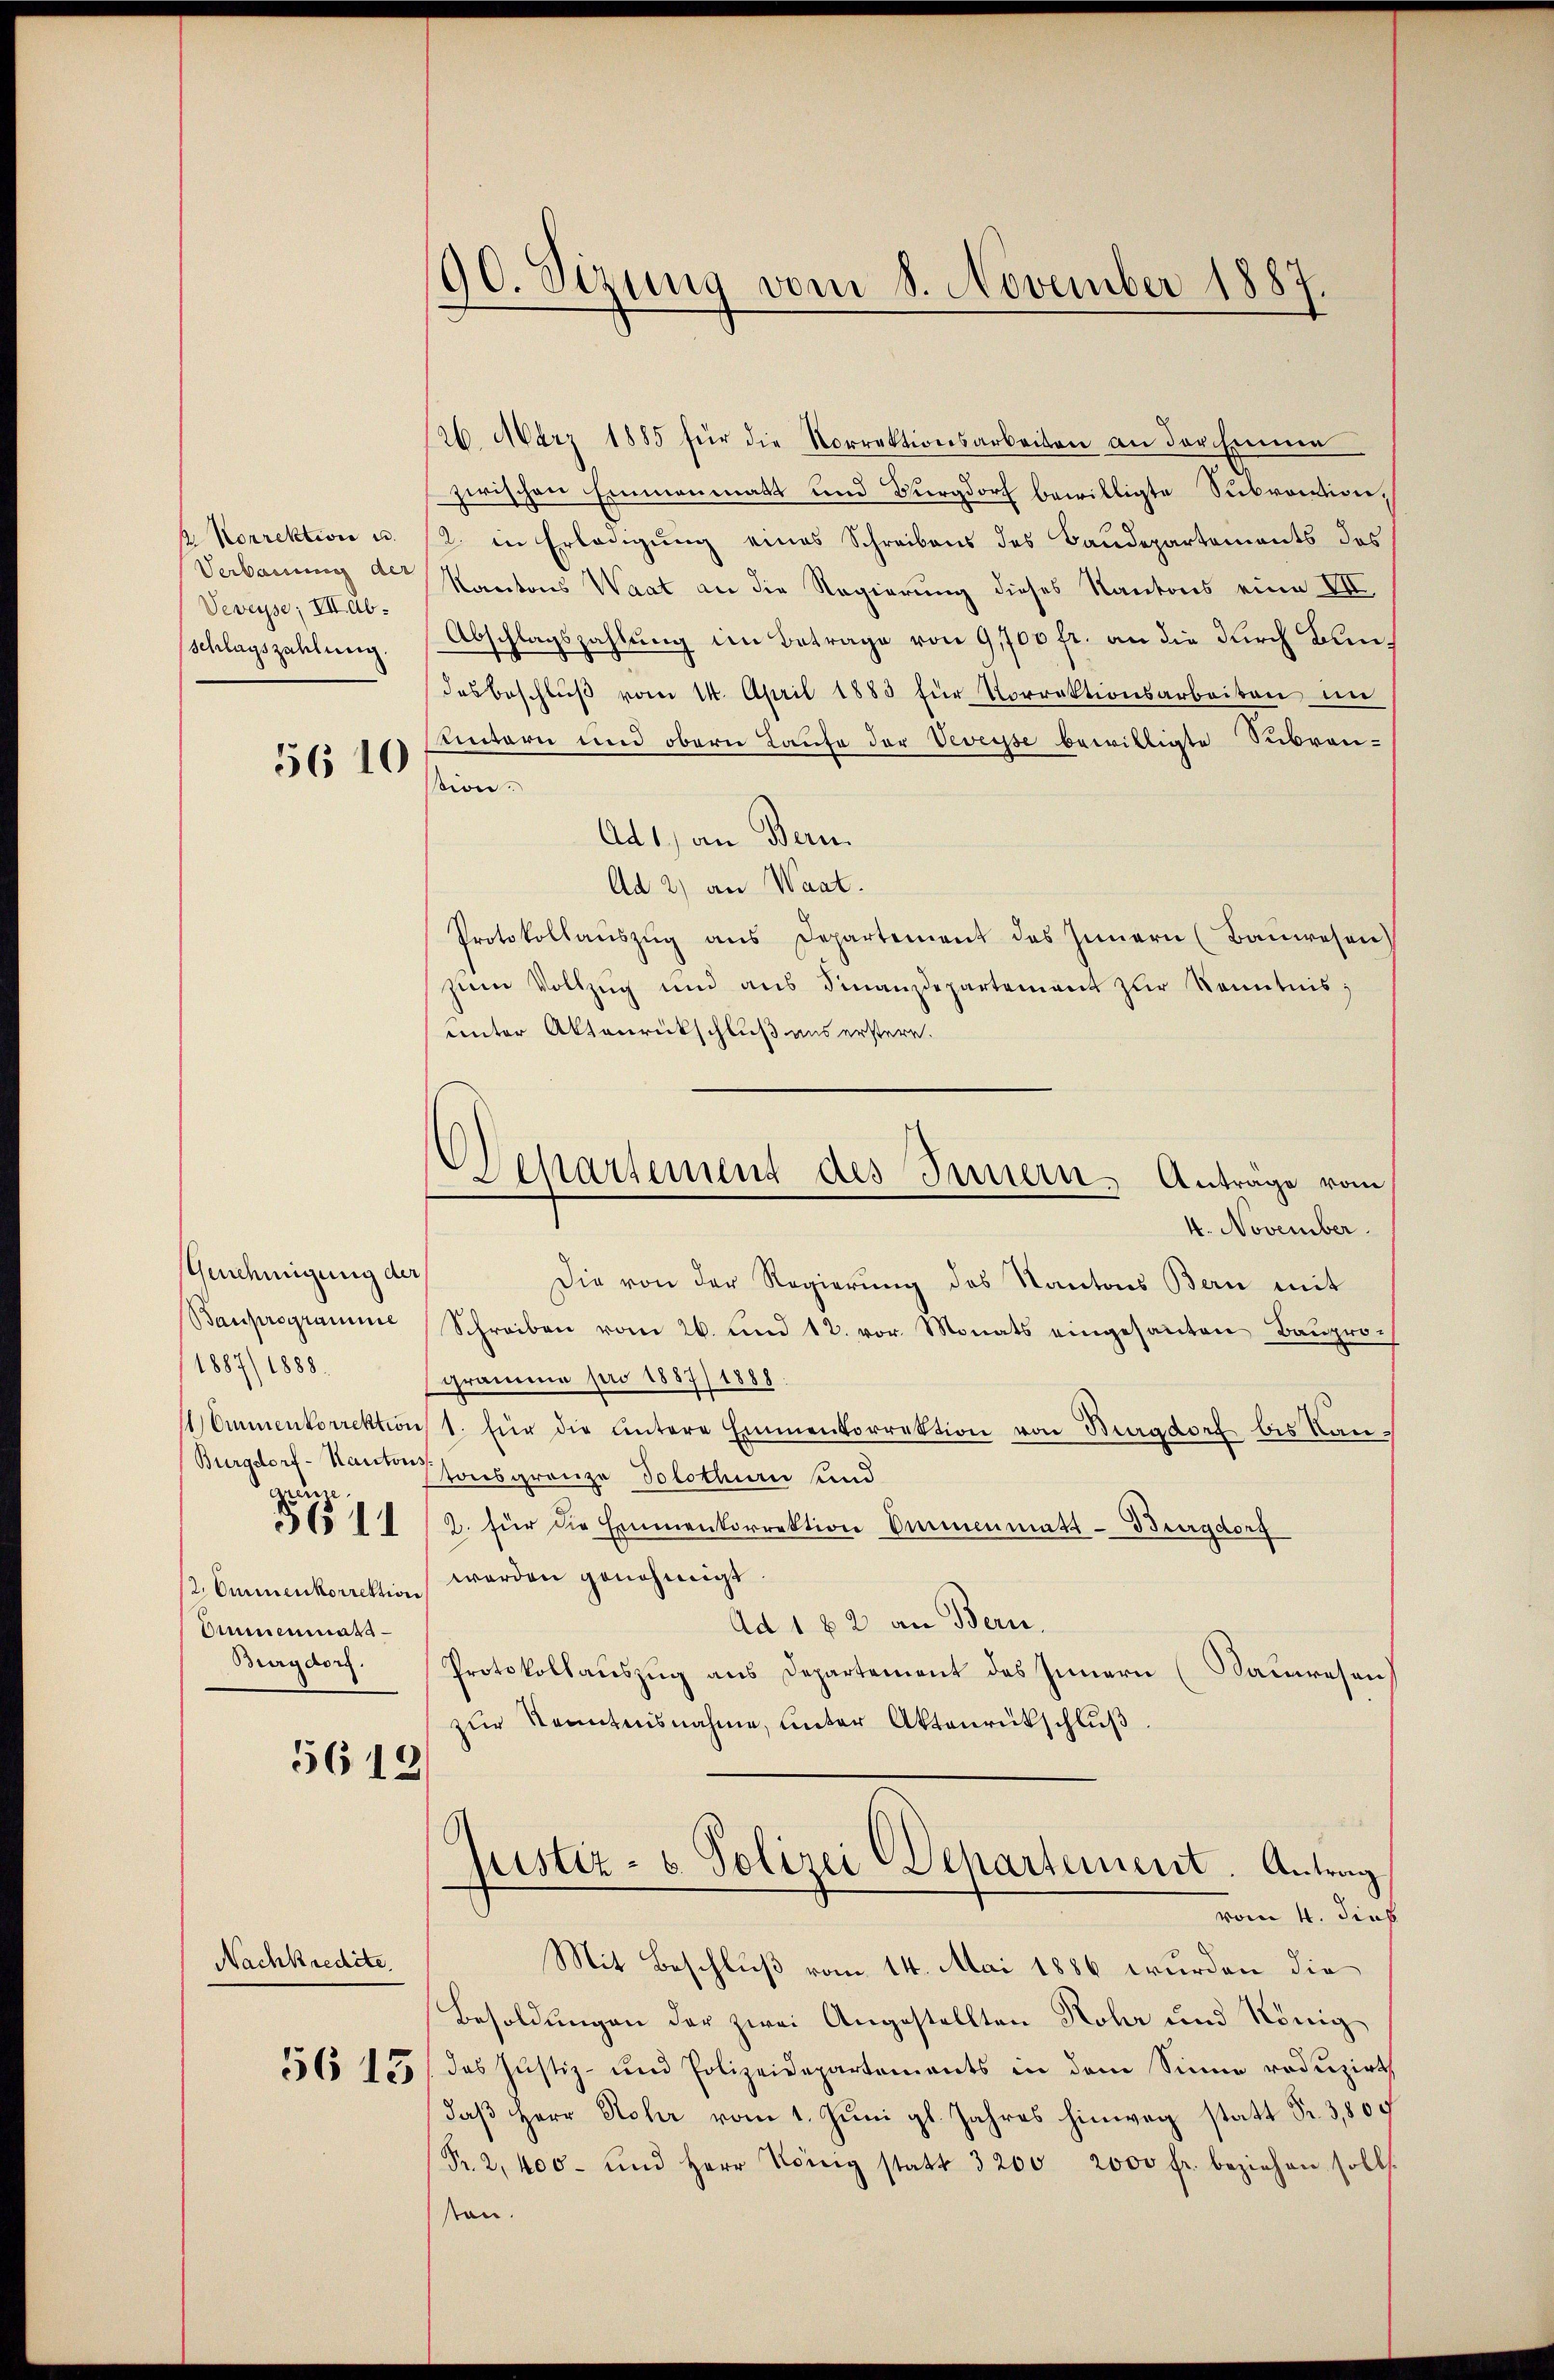
. Korrektion u.
Veveysse; HILab.
Schlagszahlung.

5610

Genehmigung der
Bauprogramme
1887/1888.
grönne.
Ammenmass
Burgdorf.

5612

Nachkredite.

190. Sizung vom 8. November 1887.

26. März 1885 für die Norrektionsarbeiten an der Einner
zwischen Ermanenats und Burgdorf bewilligte Subvention,
2. in Erledigung eines Schreibens des Baudepartements des
Verbauung der Kantons Waat an die Regierung dieses Kantons eine VII.
Abschlagszahlung im Betrage von 9,700 fr. an die durch Bundesbeschlŭβ vom 14. April 1883 für Vorrektionsarbeiten im
untern und obern Laufe der Veveysse bewilligte Subven-
sion.
Ad 1) an Bern.
Ad 2) an Waat.
Protokollaŭszŭg ans Departement des Innern (Bauwesen)
zum Vollzug und aus Finanzdepartement zur Kenntnis;
unter Aktenrückschluß aus erstern.
4. November.
Die von der Regierung des Kantons Bern mit
Schreiben vom 26. und 12. vor. Monats eingesanten Bauproch
gramme pro 1887) 1888
Ommenkorrektion 1. für die untere Emmenkorrektion von Burgdorf bis Kan¬
Burgdorf-Kantons sonsgrenze Solothurn und
315 1/2. für die Emmenkorrektion Ammenmatt-Burgdorf
2 Ommenkorrektion werden genehmigt.
Ad 1 § 2 an Bern.
Protokollauszug aus Departement des Innern (Sauwesen)
zur Kenntnisnahme, unter Aktenrückschluß
6
justiz- & Polizei Departement. Antrag
vom 4. dies
Mit Beschluß vom 14. Mai 1886 wurden die
Besoldungen der zwei Angestellten Rohr und König
556 15/ das Justiz- und Polizeidepartaments in dem Sinne redŭzirt
daβ Herr Steher vom 1. Juni gl. Jahres hinweg statt Fr. 3,800
Fr. 2,400- und Herr Koing statt 3200, 2000 fr. beziehen sollt.
sten.

Departement des Innern, Anträge vom